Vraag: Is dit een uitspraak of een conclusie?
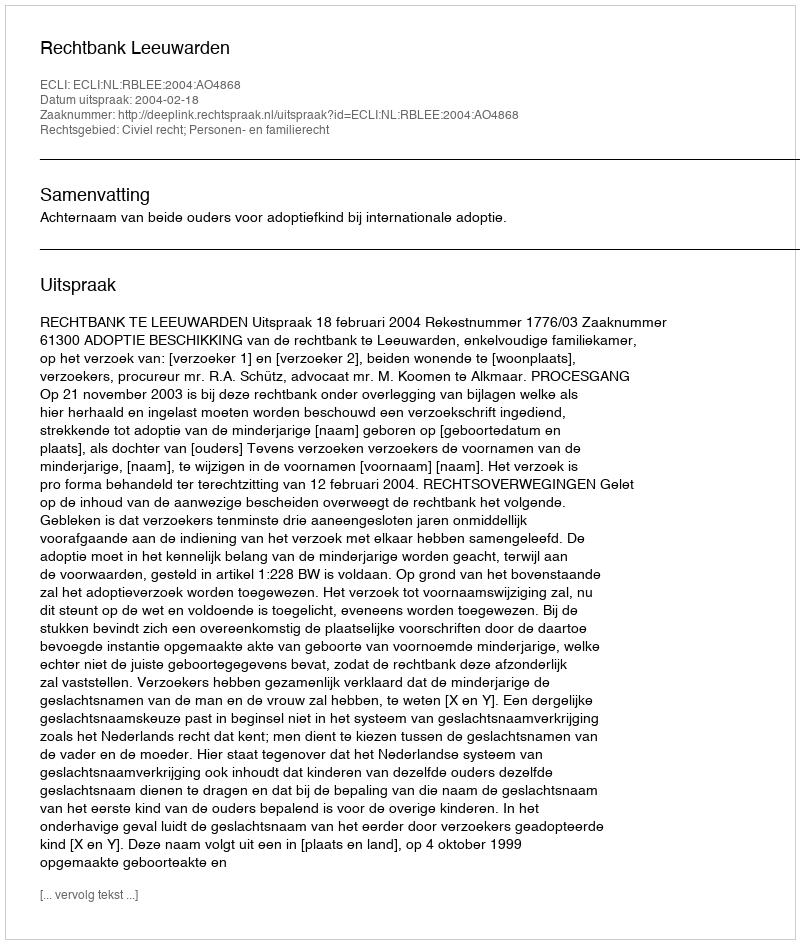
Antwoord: Uitspraak